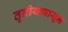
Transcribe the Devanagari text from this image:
तृतीयापासून